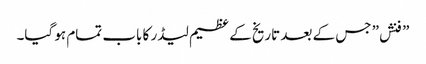
” فنش” جس کے بعد تاریخ کے عظیم لیڈر کا باب تمام ہو گیا۔